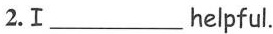
2.Ⅰ___ helpful.